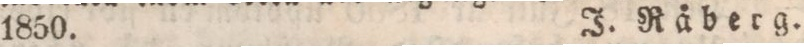
1850.    J. Råberg.